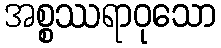
အစ္စဿရာဝုသော